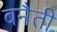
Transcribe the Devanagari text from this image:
बनैती